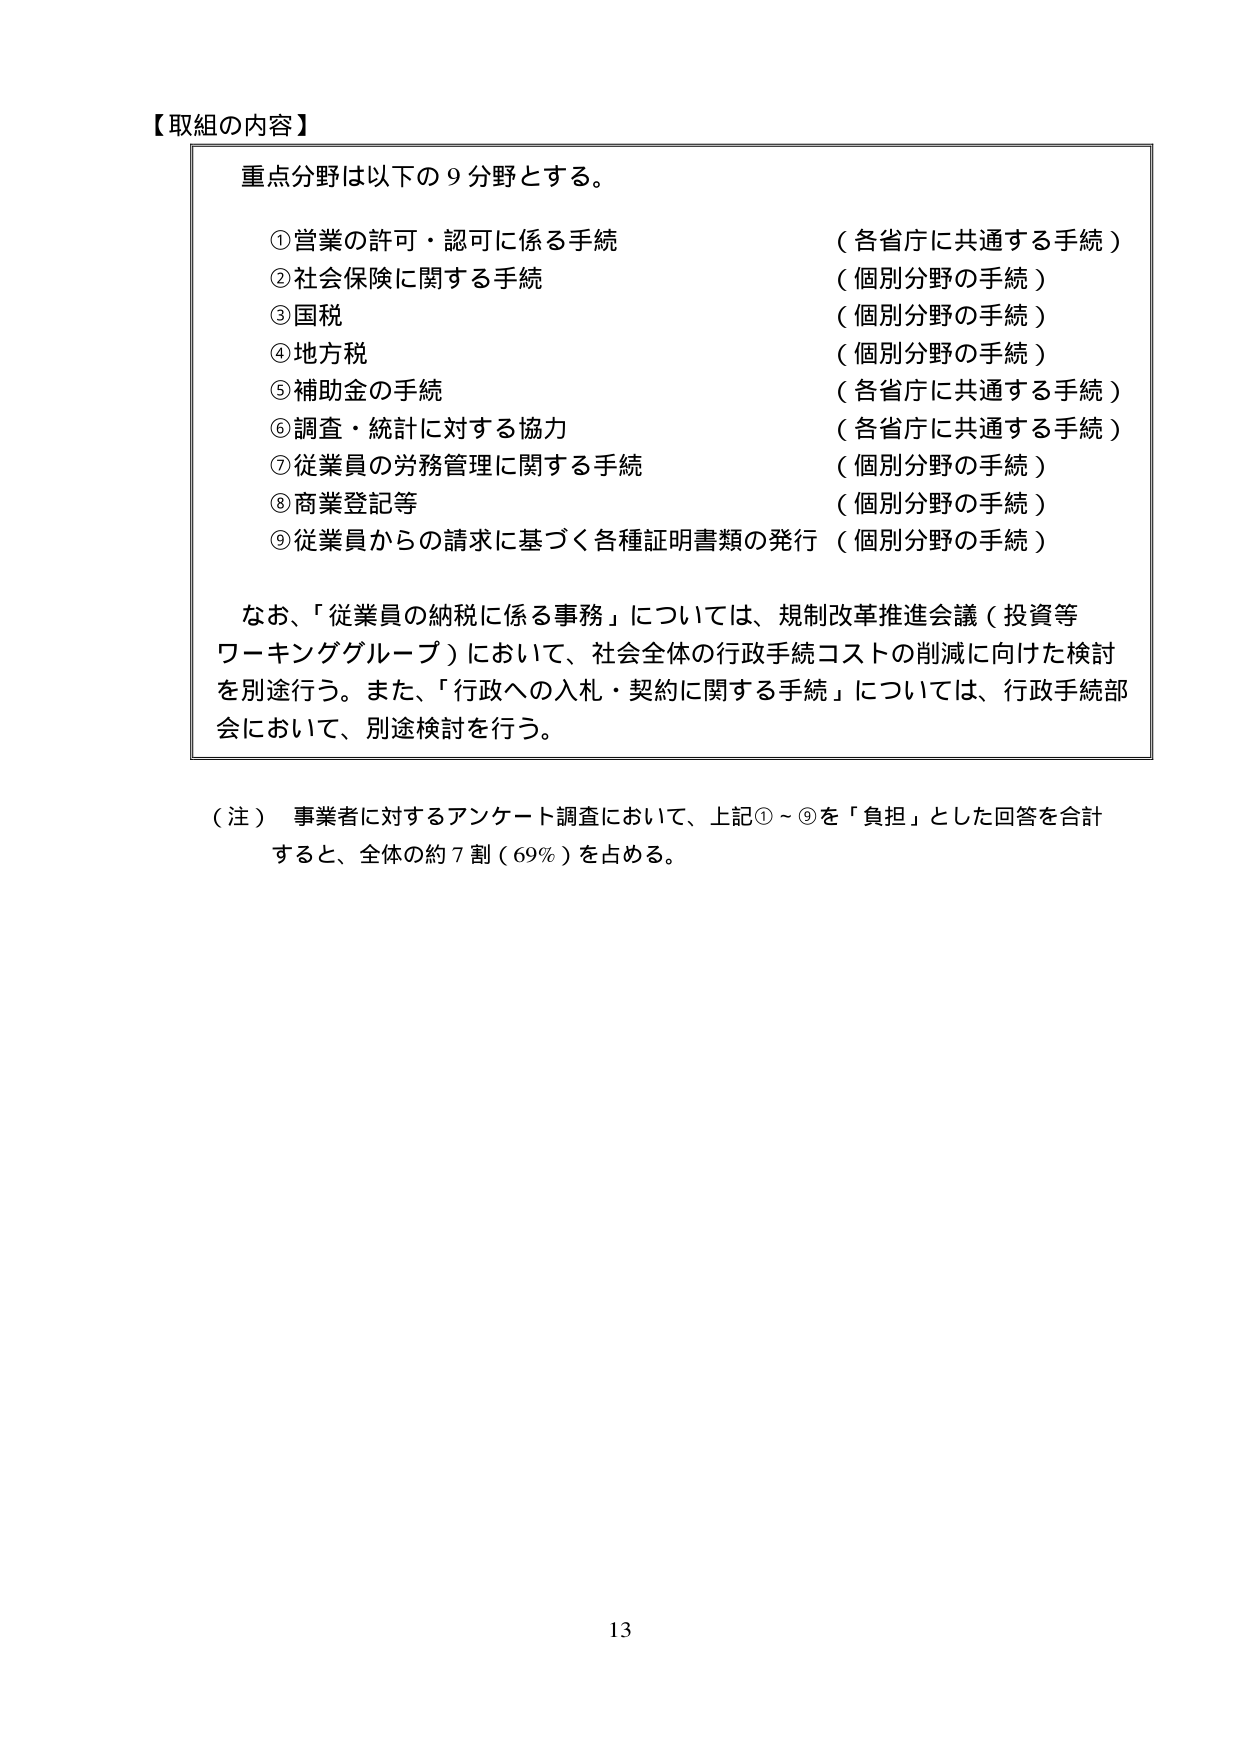
【取組の内容】

重点分野は以下の９分野とする。

①営業の許可・認可に係る手続　（各省庁に共通する手続）
②社会保険に関する手続　（個別分野の手続）
③国税　（個別分野の手続）
④地方税　（個別分野の手続）
⑤補助金の手続　（各省庁に共通する手続）
⑥調査・統計に対する協力　（各省庁に共通する手続）
⑦従業員の労務管理に関する手続　（個別分野の手続）
⑧商業登記等　（個別分野の手続）
⑨従業員からの請求に基づく各種証明書類の発行　（個別分野の手続）

なお、「従業員の納税に係る事務」については、規制改革推進会議（投資等ワーキンググループ）において、社会全体の行政手続コストの削減に向けた検討を別途行う。また、「行政への入札・契約に関する手続」については、行政手続部会において、別途検討を行う。

（注）事業者に対するアンケート調査において、上記①～⑨を「負担」とした回答を合計すると、全体の約７割（69％）を占める。

13